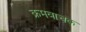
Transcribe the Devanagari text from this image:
क्रमवाचक